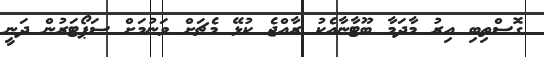
ގޮސްތިބި އިރު މާދަމާ ބޫޓާނާއެކު ރާއްޖެ ކުޅޭ މެޗަށް ވަނުމަށް ސަޕޯޓަރުން ދަނީ